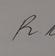
Signature authenticity: genuine